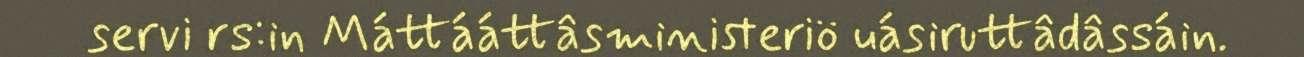
servi rs:in Máttááttâsministeriö uásiruttâdâssáin.